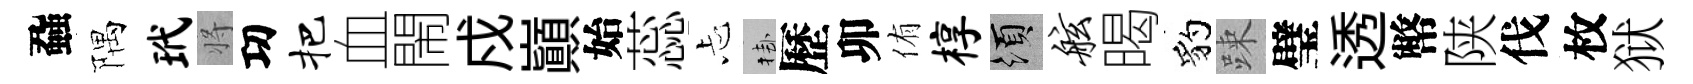
蝨隅玳将㓛把血閙戍巔始蕊忐挂歷卯侑椁須舷暍豹踈璧透幣陕伐枚狱